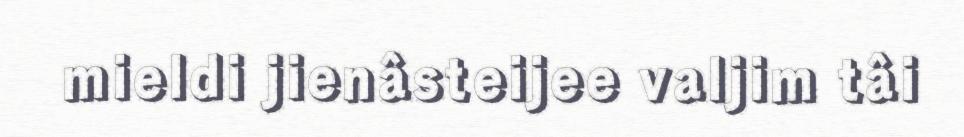
mieldi jienâsteijee valjim tâi